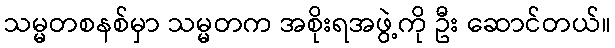
သမ္မတစနစ်မှာ သမ္မတက အစိုးရအဖွဲ့ကို ဦး ဆောင်တယ်။